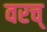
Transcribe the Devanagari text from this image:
वरच्